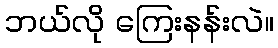
ဘယ်လို ကြေးနန်းလဲ။